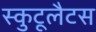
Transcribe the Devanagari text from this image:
स्कुटूलैटस